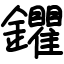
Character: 鑺